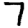
Digit: 7